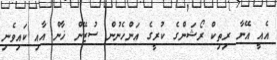
އެއީ އޭނާ ރިތިކް ރޯޝަންގެ ކުރީގެ އަންހެނުން ސުޒޭން ޚާން އާއި ކައިވެނި